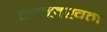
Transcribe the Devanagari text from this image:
मल्लखन